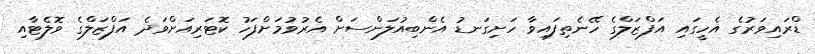
ޑްރައިވަރުގެ އެހީގައި އަފްޒަލްގެ ހޭނެތިފައިވާ ހަށިގަނޑު އެންބިއުލަންސަށް އެރުވުމަށްފަހު ކޮޓަރިއަށްވަދެ އަފްޒަލްގެ ވޮލެޓާއި